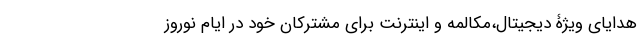
هدایای ویژۀ دیجیتال،مکالمه و اینترنت برای مشترکان خود در ایام نوروز